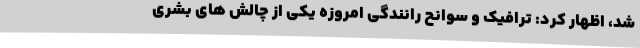
شد، اظهار کرد: ترافیک و سوانح رانندگی امروزه یکی از چالش های بشری